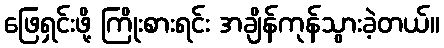
ဖြေရှင်းဖို့ ကြိုးစားရင်း အချိန်ကုန်သွားခဲ့တယ်။